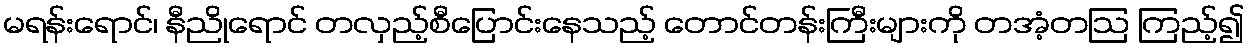
မရန်းရောင်၊ နီညိုရောင် တလှည့်စီပြောင်းနေသည့် တောင်တန်းကြီးများကို တအံ့တဩ ကြည့်၍